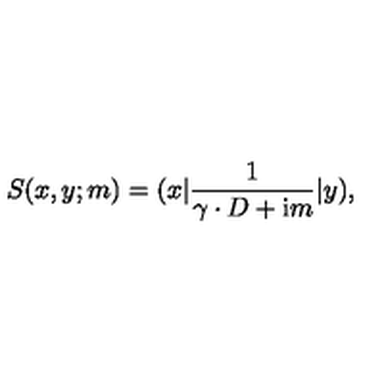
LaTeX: S ( x , y ; m ) = ( x | \frac 1 { \gamma \cdot D + \mathrm { i } m } | y ) ,